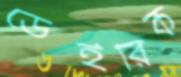
ডেইরিক